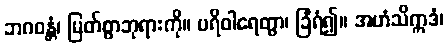
ဘဂဝန္တံ၊ မြတ်စွာဘုရားကို။ ပရိဝါရေတွာ၊ ခြံရံ၍။ အဟံသိဣဒံ၊